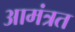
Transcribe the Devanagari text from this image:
आमंत्रत